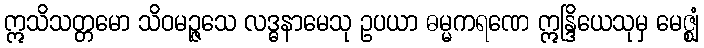
ဣသိသတ္တမော သိဝမဉ္ဇသေ လဒ္ဓနာမေသု ဥပယာ ဓမ္မကရဏေ ဣန္ဒြိယေသုမှ မေဇ္ဈံ